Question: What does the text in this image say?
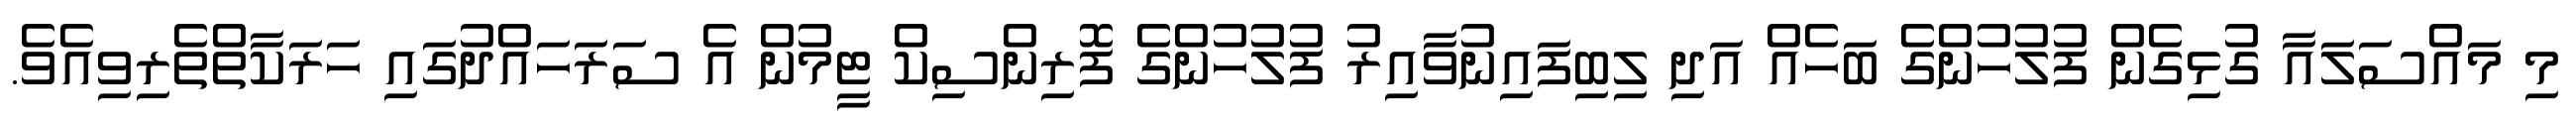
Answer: މި މައްސަލައާ ގުޅިގެން ފުލުހުންގެ ބަހެއް އަދި ލިބިފައިނުވާއިރު ފުލުހުންގެ ފޮރިންސިކް ޓީމުން އެ ސަރަހައްދުގައި ހަރަކާތްތެރިވިއެވެ.